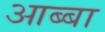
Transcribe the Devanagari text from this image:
आब्बा